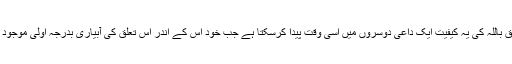
تعلق باللہ کی یہ کیفیت ایک داعی دوسروں میں اسی وقت پیدا کرسکتا ہے جب خود اس کے اندر اس تعلق کی آبیاری بدرجہ اولیٰ موجود ہو۔